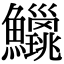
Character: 𫚅